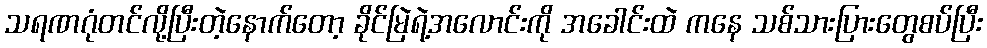
သရဏဂုံတင်လို့ပြီးတဲ့နောက်တော့ ခိုင်မြဲရဲ့အလောင်းကို အခေါင်းထဲ ကနေ သစ်သားပြားတွေစပ်ပြီး